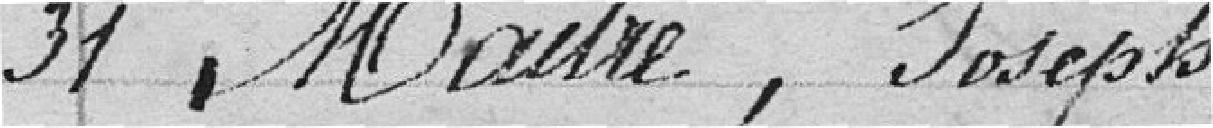
31 Maitre, Joseph